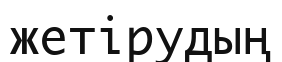
жетірудың